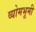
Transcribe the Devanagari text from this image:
व्योमभूमी